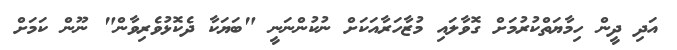
އަދި ދީން ހިމާޔަތްކުރުމަށް ގޮވާލައި މުޒާހަރާއަކަށް ނުކުންނަނީ "ބަޔަކާ ދެކޮޅުވެރިވާން" ނޫން ކަމަށް